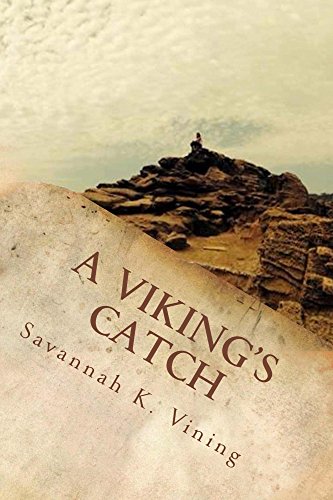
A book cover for A Viking's Catch: Book One of the Sogn Series; Savannah Vining; Teen & Young Adult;